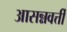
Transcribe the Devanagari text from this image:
आसन्नवर्त्ती